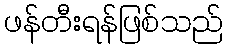
ဖန်တီးရန်ဖြစ်သည်